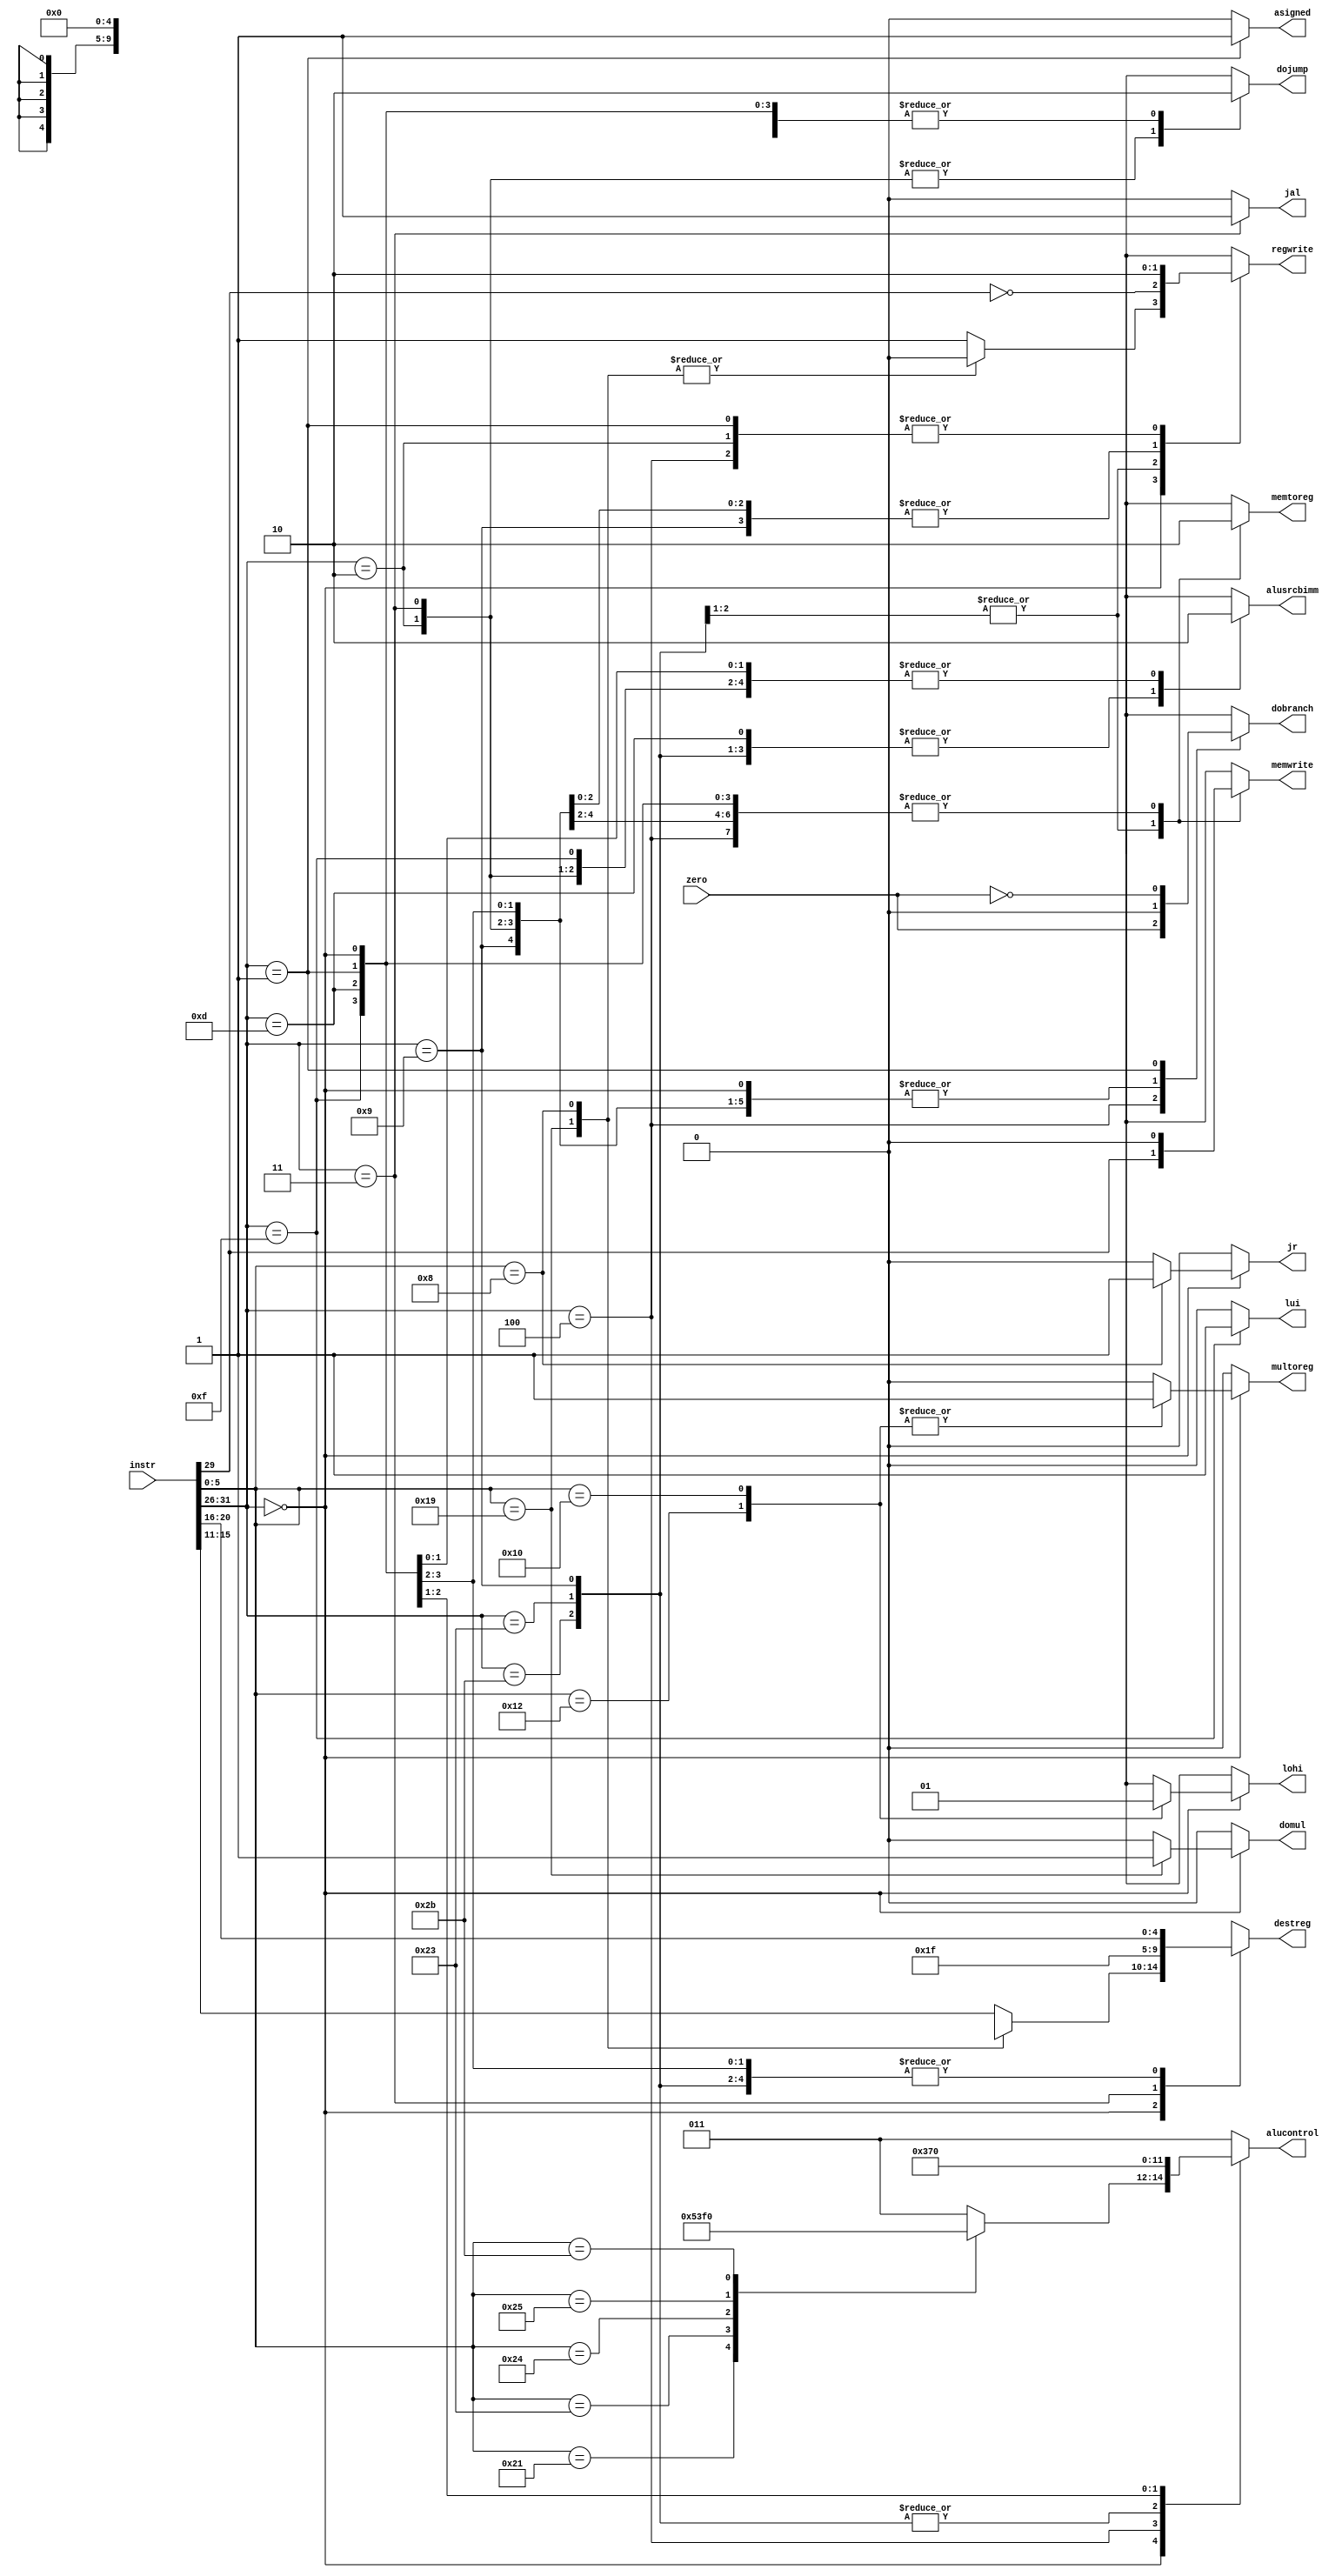
module Decoder(
	input     [31:0] instr,      // Instruktionswort
	input            zero,       // Liefert aktuelle Operation im Datenpfad 0 als Ergebnis?
	output reg       memtoreg,   // Verwende ein geladenes Wort anstatt des ALU-Ergebis als Resultat
	output reg       memwrite,   // Schreibe in den Datenspeicher
	output reg       dobranch,   // Fhre einen relativen Sprung aus
	output reg       alusrcbimm, // Verwende den immediate-Wert als zweiten Operanden
	output reg [4:0] destreg,    // Nummer des (mglicherweise) zu schreibenden Zielregisters
	output reg       regwrite,   // Schreibe ein Zielregister
	output reg       dojump,     // Fhre einen absoluten Sprung aus
	output reg [2:0] alucontrol,  // ALU-Kontroll-Bits
	output reg 		 lui,
	output reg		 domul,
	output reg		 multoreg,
	output reg		 lohi,
	output reg     	 jal,
	output reg       jr,
	output reg		 asigned

	
);
	// Extrahiere primren und sekundren Operationcode
	wire [5:0] op = instr[31:26];
	wire [5:0] funct = instr[5:0];

	always @*
	begin
		case (op)
			6'b000000: // Rtype Instruktion
				begin
					alusrcbimm = 0;
					dobranch = 0;
					memwrite = 0;
					memtoreg = 0;
					dojump = 0;
					jal = 0;
					jr = 0;
					asigned = 0;
					case (funct)
						6'b100001: alucontrol = 3'b101; // Addition unsigned
						6'b100011: alucontrol = 3'b001; // Subtraktion unsigned
						6'b100100: alucontrol = 3'b111; // and
						6'b100101: alucontrol = 3'b110; // or
						6'b101011: alucontrol = 3'b000; // set-less-than unsigned
						default:   alucontrol = 3'b011; // undefiniert
					endcase
					lui = 0;
					case (funct)
						6'b011001: 
							begin
								domul = 1;
								regwrite = 0;
								destreg = 5'bx;
								multoreg = 0;
								lohi = 1'bx;
							end
						6'b010010:
							begin //mflo
								domul = 0;
								regwrite = 1;
								destreg = instr[15:11];
								multoreg = 1;
								lohi = 0; //lo
							end
						6'b010000:
							begin //mfhi
								domul = 0;
								regwrite = 1;
								destreg = instr[15:11];
								multoreg = 1;
								lohi = 1; //hi
							end
						6'b001000: //jr jump to address in register
						//TODO
							begin
								domul = 0;
								regwrite = 0;
								destreg = 0;
								multoreg = 0;
								lohi = 1'bx;
								jr = 1;
							end
						default:   
							begin
								domul = 0;
								regwrite = 1;
								destreg = instr[15:11];
								multoreg = 0;
								lohi = 1'bx;
							end
					endcase
				end
			6'b100011, // Lade Datenwort aus Speicher
			6'b101011: // Speichere Datenwort
				begin
					regwrite = ~op[3];
					destreg = instr[20:16];
					alusrcbimm = 1;
					dobranch = 0;
					memwrite = op[3];
					memtoreg = 1;
					dojump = 0;
					alucontrol = 3'b101;// Addition effektive Adresse: Basisregister + Offset
					lui = 0;
					domul = 0;
					multoreg = 0;
					lohi = 1'bx;
					jal = 0;
					jr = 0;
					asigned = 0;
				
				end
			6'b000100: // Branch Equal
				begin
					regwrite = 0;
					destreg = 5'bx;
					alusrcbimm = 0;
					dobranch = zero; // Gleichheitstest
					memwrite = 0;
					memtoreg = 0;
					dojump = 0;
					alucontrol = 3'b001; // Subtraktion
					lui = 0;
					domul = 0;
					multoreg = 0;
					lohi = 1'bx;
					jal = 0;
					jr = 0;
					asigned = 0;
					
				
				end
			6'b001001: // Addition immediate unsigned
				begin
					regwrite = 1;
					destreg = instr[20:16];
					alusrcbimm = 1;
					dobranch = 0;
					memwrite = 0;
					memtoreg = 0;
					dojump = 0;
					alucontrol = 3'b101; // Addition
					lui = 0;
					domul = 0;
					multoreg = 0;
					lohi = 1'bx;
					jal = 0;
					jr = 0;
					asigned = 0;
					
				
				end
			6'b000010: // Jump immediate
				begin
					regwrite = 0;
					destreg = 5'bx;
					alusrcbimm = 0;
					dobranch = 0;
					memwrite = 0;
					memtoreg = 0;
					dojump = 1;
					alucontrol = 3'b011; //undefiniert
					lui = 0;
					domul = 0;
					multoreg = 0;
					lohi = 1'bx;
					jal = 0;
					jr = 0;
					asigned = 0;
					
				
				end
			6'b000011: //Jump and Link
				begin //Can make problems
					regwrite = 1;
					destreg = 5'b11111;
					alusrcbimm = 0;
					dobranch = 0;
					memwrite = 0;
					memtoreg = 0;
					dojump = 1;
					alucontrol = 3'b011;
					lui = 0;
					domul = 0;
					multoreg = 0;
					lohi = 1'bx;
					jal = 1;
					jr = 0;
					asigned = 0;
          
				end
			6'b001111: //Lui Load Upper Immediate !!!!!!! 
				begin
					regwrite = 1;
					destreg = instr[20:16];
					alusrcbimm = 0;
					dobranch = 0;
					memwrite = 0;
					memtoreg = 0;
					dojump = 0;
					alucontrol = 3'b011; //undefiniert, shift auerhalb von alu
					lui = 1;
					domul = 0;
					multoreg = 0;
					lohi = 1'bx;
					jal = 0;
					jr = 0;
					asigned = 0;
					
				
				end
			6'b001101: //Ori Bitwise or immediate !!!!!!  
				begin
					regwrite = 1;
					destreg = instr[20:16];
					alusrcbimm = 1;
					dobranch = 0;
					memwrite = 0;
					memtoreg = 0;
					dojump = 0;
					alucontrol = 3'b110; //bitwise or
					lui = 0;
					domul = 0;
					multoreg = 0;
					lohi = 1'bx;
					jal = 0;
					jr = 0;
					asigned = 0;
				
				end
			6'b000001: // BLTZ Branch Less Than Zero !!!!! //a muss als signed betrachtet werden!!
				begin
					regwrite = 0;
					destreg = 5'bx; 
					alusrcbimm = 0;
					dobranch = ~zero; //negation von zero output der ALU zum testen --> ALU ergebnis 1 = branch
					memwrite = 0;
					memtoreg = 0;
					dojump = 0;
					alucontrol =  3'b000;//SLT
					lui = 0;
					domul = 0;
					multoreg = 0;
					lohi = 1'bx;
					jal = 0;
					jr = 0;
					asigned = 1;
					
					
					//b ist 0 da stellen fr reg auf 0reg zeigen
				end
			default: // Default Fall
				begin
					regwrite = 1'bx;
					destreg = 5'bx;
					alusrcbimm = 1'bx;
					dobranch = 1'bx;
					memwrite = 1'bx;
					memtoreg = 1'bx;
					dojump = 1'bx;
					alucontrol = 3'b011; //undefiniert
					lui = 0;
					domul = 0;
					multoreg = 0;
					lohi = 1'bx;
					jal = 0;
					jr = 0;
					asigned = 0;
					
				
				end
		endcase
	end
endmodule